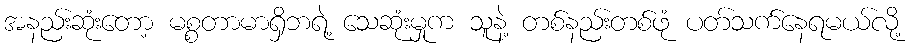
အနည်းဆုံးတော့ မစ္စတာမာရှိဘရဲ့ သေဆုံးမှုက သူနဲ့ တစ်နည်းတစ်ဖုံ ပတ်သက်နေရမယ်လို့